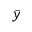
\bar { y }